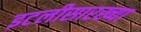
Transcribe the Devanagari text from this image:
इटलीसारख्या